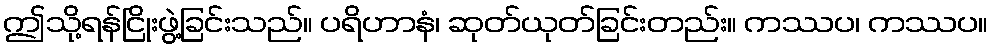
ဤသို့ရန်ငြိုးဖွဲ့ခြင်းသည်။ ပရိဟာနံ၊ ဆုတ်ယုတ်ခြင်းတည်း။ ကဿပ၊ ကဿပ။